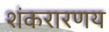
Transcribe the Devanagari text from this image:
शंकरारणय